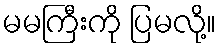
မမကြီးကို ပြမလို့။